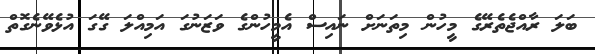
ބަލަ ރާއްޖެތެރޭގެ މީހުން މިތަނަށް ނައިސް އެމީހުންގެ ވަޒަނުގަ އަމިއްލަ ގޭގަ އުޅެވޭނެގޮތް